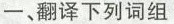
一、翻译下列词组